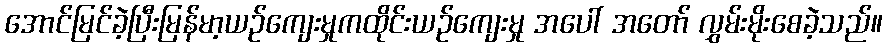
အောင်မြင်ခဲ့ပြီးမြန်မာ့ယဉ်ကျေးမှုကထိုင်းယဉ်ကျေးမှု အပေါ် အတော် လွှမ်းမိုးစေခဲ့သည်။